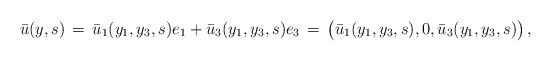
LaTeX: \begin{align*} \bar u(y,s) \,=\, \bar u_1(y_1,y_3,s) e_1 + \bar u_3(y_1,y_3,s) e_3 \,=\, \bigl(\bar u_1(y_1,y_3,s),0,\bar u_3(y_1,y_3,s)\bigr)\,,\end{align*}